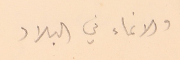
والانماء في البلاد